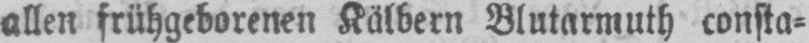
allen frühgeborenen Kälbern Blutarmuth consta⸗